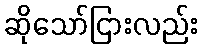
ဆိုသော်ငြားလည်း